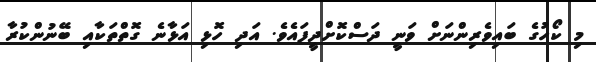
މި ކޯހުގެ ބައިވެރިންނަށް ވަނީ ދަސްކޮށްދީފައެވެ. އަދި ހޮޅި އަޅާނެ ގޮތްތަކާއި ބޭނުންކުރާ